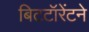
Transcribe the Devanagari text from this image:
बिटटॉरेंटने